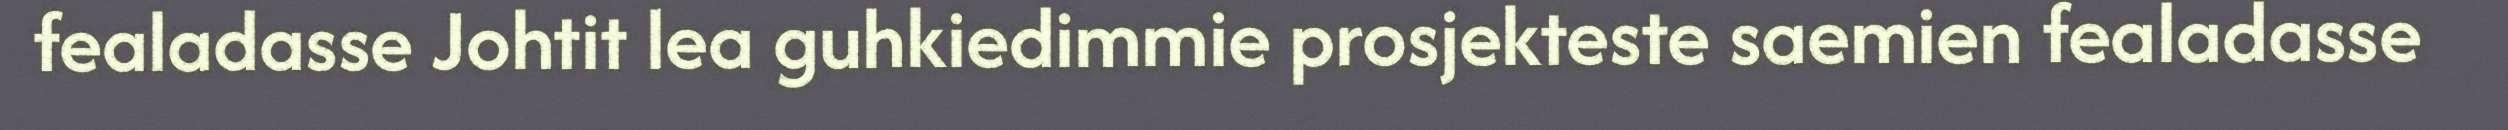
fealadasse Johtit lea guhkiedimmie prosjekteste saemien fealadasse